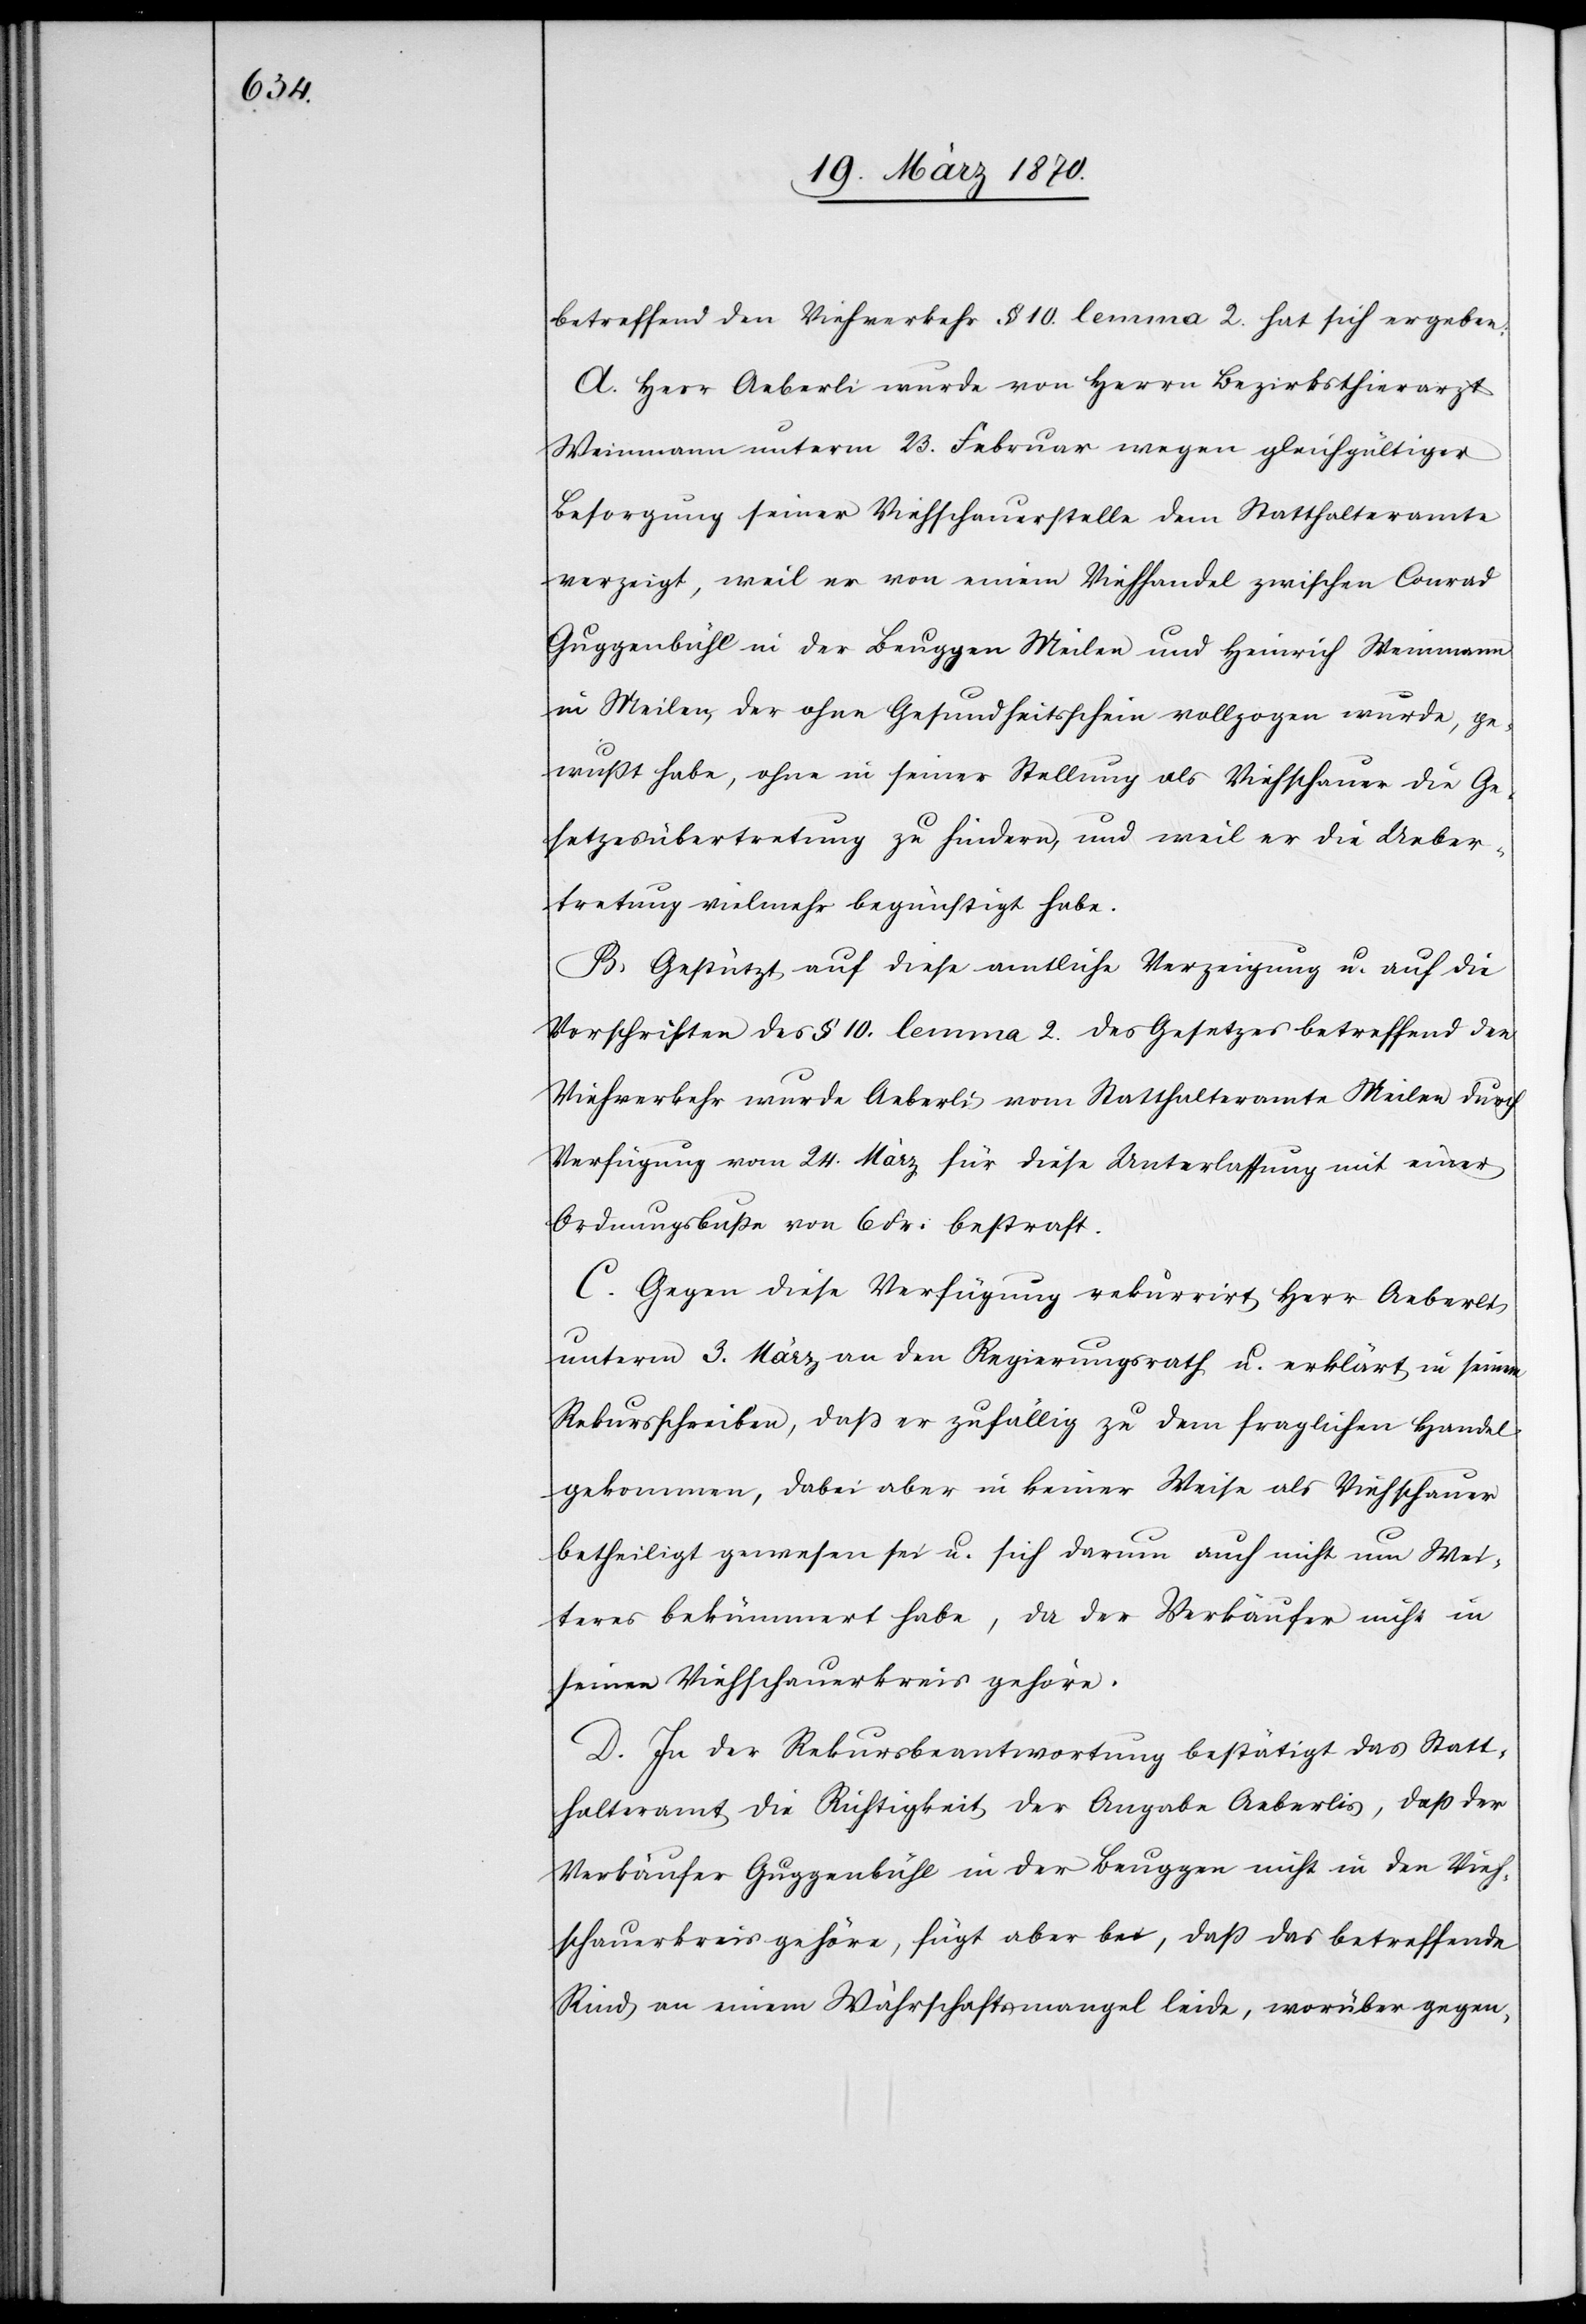
betreffend den Viehverkehr § 10. lemma 2. hat sich ergeben:
A. Herr Aeberli wurde von Herrn Bezirksthierarzt
Weinmann unter 23. Februar wegen gleichgültiger
Besorgung seiner Viehschauerstelle dem Statthalteramte
verzeigt, weil er von einem Viehhandel zwischen Conrad
Guggenbühl in der Beuggen Meilen und Heinrich Weinmann
in Meilen, der ohne Gesundheitsschein vollzogen wurde, ge¬
wußt habe, ohne in seiner Stellung als Viehschauer die Ge¬
setzesübertretung zu hindern, und weil er die Ueber¬
tretung vielmehr begünstigt habe.
B. Gestützt auf diese amtliche Verzeigung u. auf die
Vorschriften des § 10. lemma 2. des Gesetzes betreffend den
Viehverkehr wurde Aeberli vom Statthalteramte Meilen durch
Verfügung vom 24. März für diese Unterlassung mit einer
Ordnungsbuße von 6 Fr: bestraft.
C. Gegen diese Verfügung rekurrirt Herr Aeberli
unterm 3. März an den Regierungsrath u. erklärt in seinem
Rekursschreiben, daß er zufällig zu dem fraglichen Handel
gekommen, dabei aber in keiner Weise als Viehschauer
betheiligt gewesen sei u. sich darum auch nicht um Wei¬
teres bekümmert habe, da der Verkäufer nicht in
seinen Viehschauerkreis gehöre.
D. In der Rekursbeantwortung bestätigt das Statt¬
halteramt die Richtigkeit der Angabe Aeberlis, daß der
Verkäufer Guggenbühl in der Beuggen nicht in den Vieh¬
schauerkreis gehöre, fügt aber bei, daß das betreffende
Rind an einem Währschaftsmangel leide, worüber gegen-